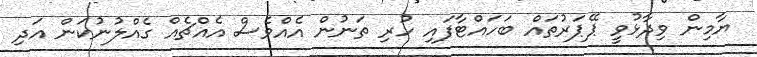
ޔާމިން ވިދާޅުވީ ޕޭޕަރުތައް ބަހައްޓާފައި ހުރި ތަނުން އެއްވެސް އެއްޗެއް ގެއްލުނުކަން އަދި